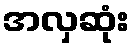
အလှဆုံး